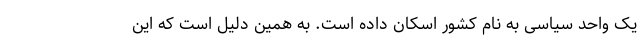
یک واحد سیاسی به نام کشور اسکان داده است. به همین دلیل است که این